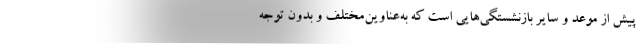
پیش از موعد و سایر بازنشستگی‌هایی است که به‌عناوین‌مختلف و بدون توجه